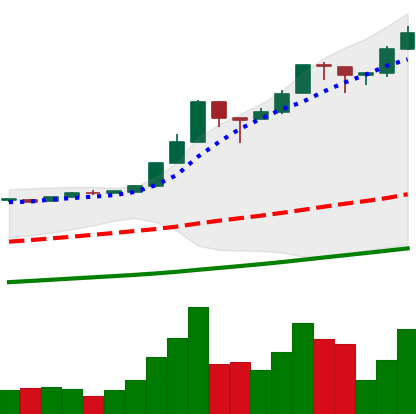
Ticker: BTC-USD
Chart end date: 2017-01-02
Forward return: -11.076%
Label: down_7plus